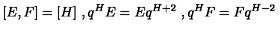
[ E , F ] = [ H ] \ , q ^ { H } E = E q ^ { H + 2 } \ , q ^ { H } F = F q ^ { H - 2 }